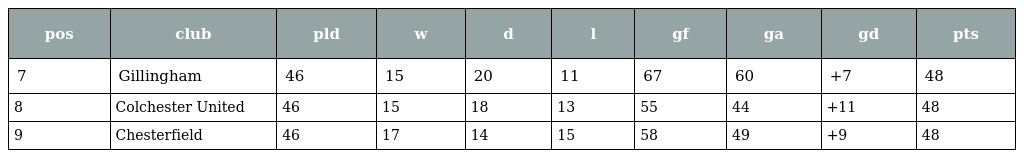
| pos | club | pld | w | d | l | gf | ga | gd | pts |
 | --- | --- | --- | --- | --- | --- | --- | --- | --- | --- |
 | 7 | Gillingham | 46 | 15 | 20 | 11 | 67 | 60 | +7 | 48 |
 | 8 | Colchester United | 46 | 15 | 18 | 13 | 55 | 44 | +11 | 48 |
 | 9 | Chesterfield | 46 | 17 | 14 | 15 | 58 | 49 | +9 | 48 |